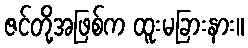
ဇင်တို့အဖြစ်က ထူးမခြားနား။